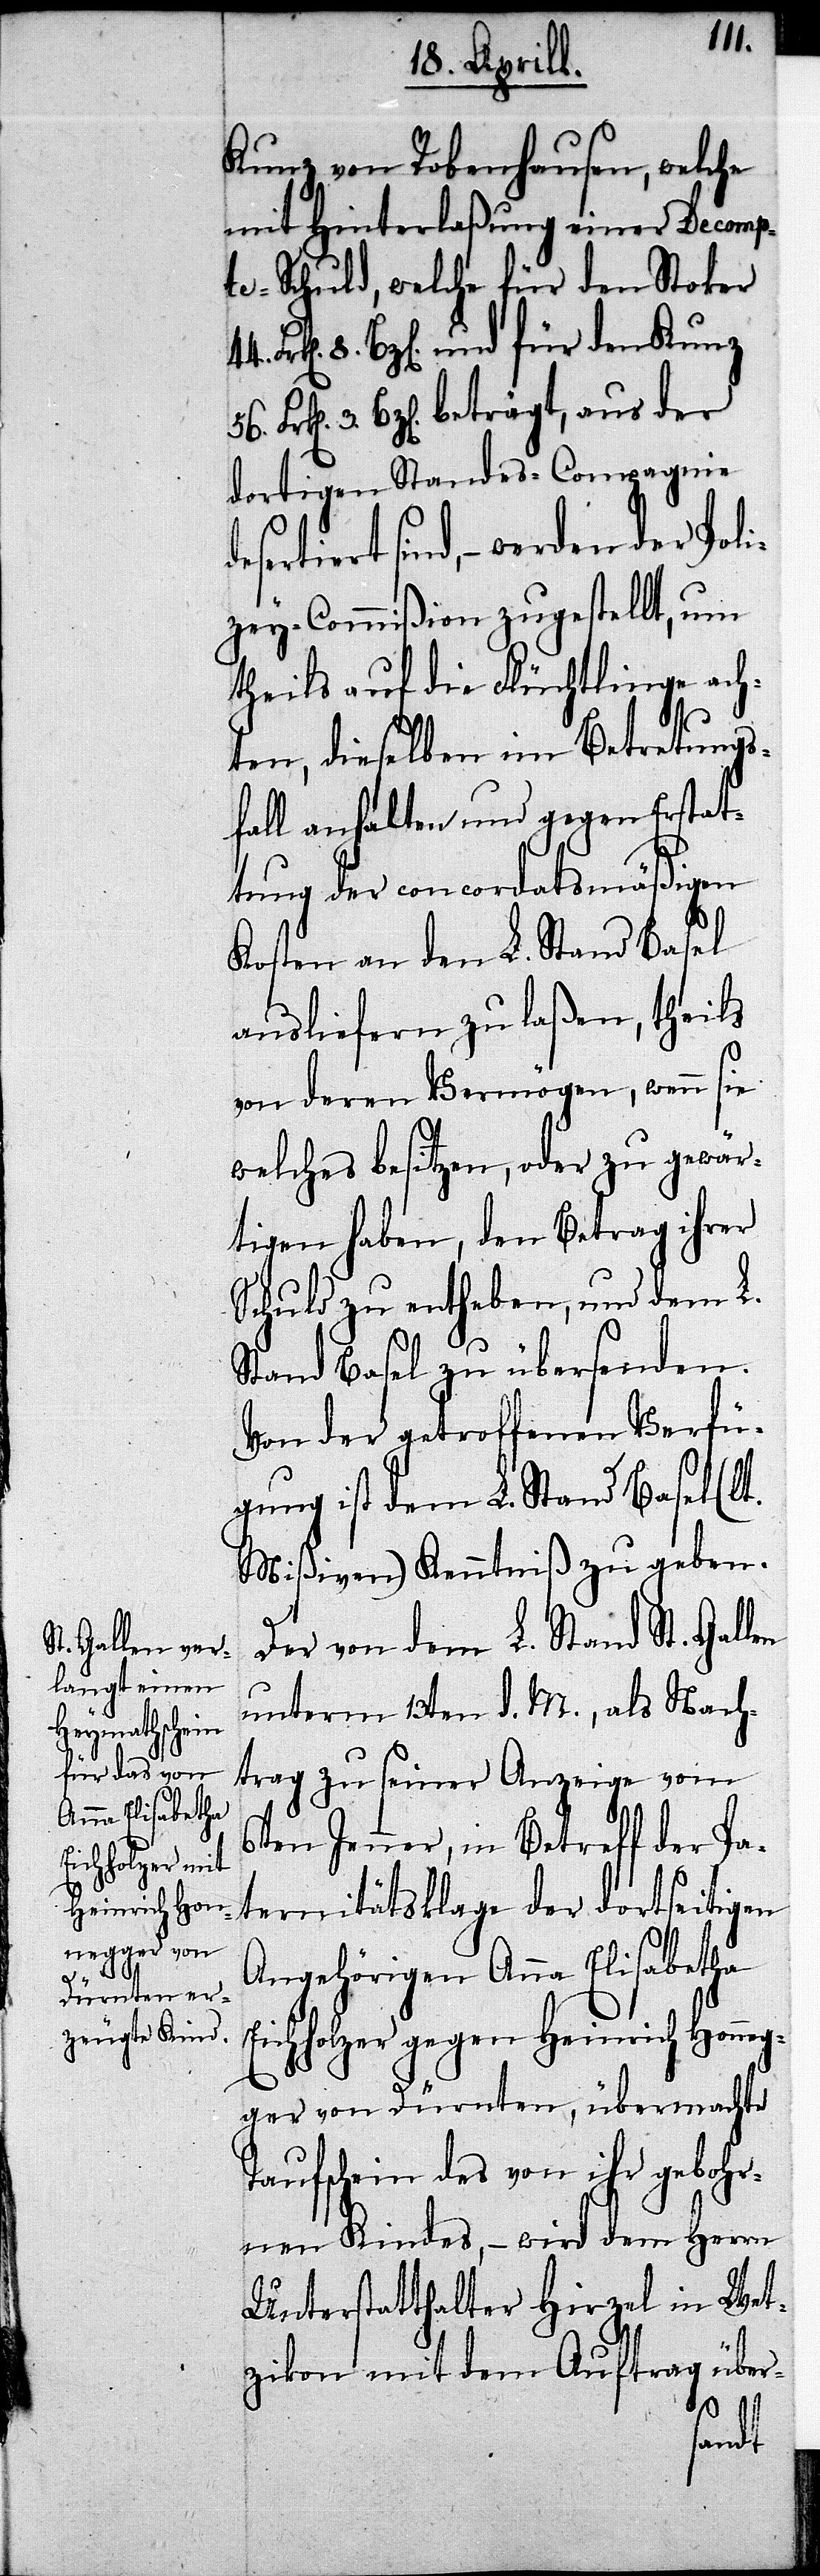
des¬
Kunz von Robenhausen, welche
mit Hinterlaßung einer Decomp¬
te-Schuld, welche für den Stoker
8. Bz[en]. und für den Kunz
3. Bz[en]. beträgt, aus der
dortigen Standes-Compagnie
ertiert sind,– werden der Poli¬
zey-Commißion zugestellt, um
theils auf die Flüchtlinge ach¬
ten, dieselben im Betretungs¬
fall anhalten und gegen Erstat¬
tung der concordatsmäßigen
Kosten an den L. Stand Basel
ausliefern zu laßen, theils
von deren Vermögen, wenn sie
welches besitzen, oder zu gewär¬
tigen haben, den Betrag ihrer
Schuld zu entheben, und dem L.
Stand Basel zu übersenden.
Von der getroffenen Verfü¬
gung ist dem L. Stand Basel (lt.
Mißiven) Kenntniß zu geben.
Der von dem L. Stand St. Gallen
unterm 13ten d. M., als Nach¬
trag zu seiner Anzeige vom
7ten Jenner, in Betreff der Pa¬
ternitätsklage der dortseitigen
Angehörigen Anna Elisabetha
Eichholzer gegen Heinrich Honne¬
gger von Dürnten, übermachte
Taufschein des von ihr gebohr¬
nen Kindes,– wird dem Herrn
Unterstatthalter Hirzel in Wet¬
zikon mit dem Auftrag über-